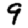
Digit: 9